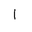
Letter: _alif